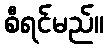
စီရင်မည်။